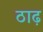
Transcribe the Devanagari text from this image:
ठाढ़